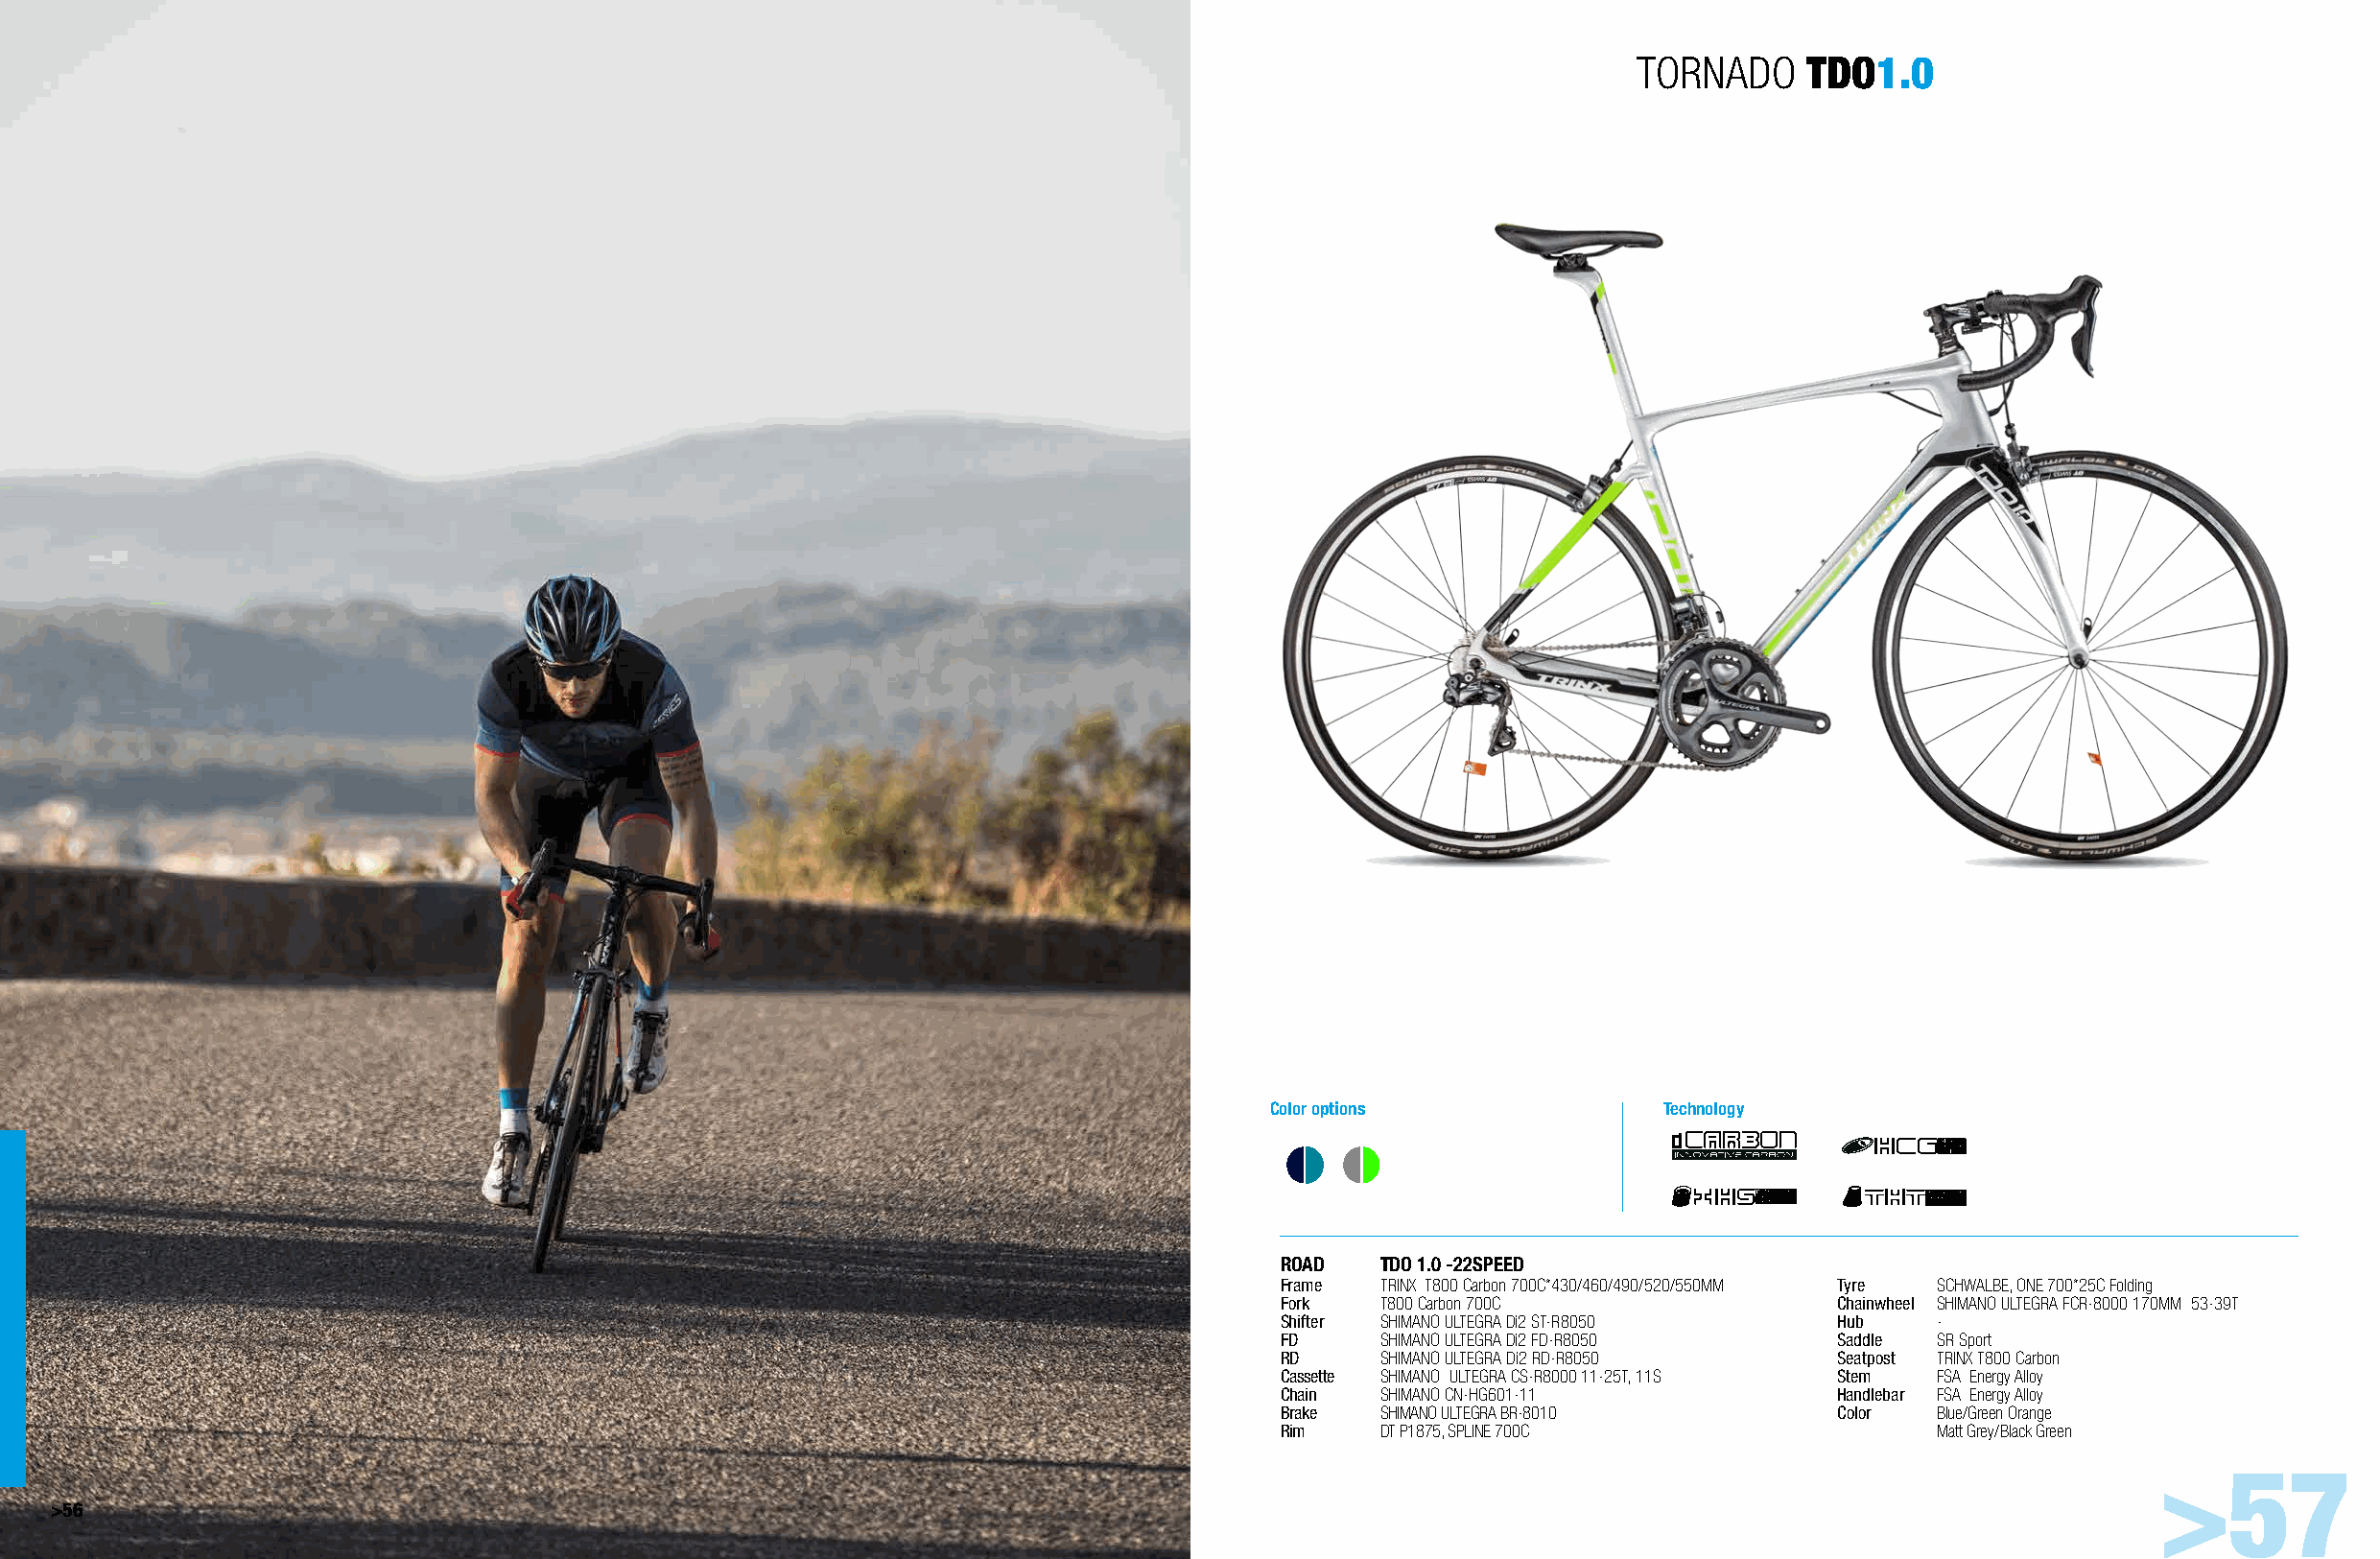
TORNADO     TDO1.0
 Color options              Technology
 ROAD   TDO 1.0 -22SPEED
 Frame  TRINX T800 Carbon 700C*430/460/490/520/550MM Tyre SCHWALBE, ONE 700*25C Folding
 Fork   T800 Carbon 700C                Chainwheel SHIMANO ULTEGRA FCR-8000 170MM 53-39T
 Shifter SHIMANO ULTEGRA Di2 ST-R8050   Hub    -
 FD     SHIMANO ULTEGRA Di2 FD-R8050    Saddle SR Sport
 RD     SHIMANO ULTEGRA Di2 RD-R8050    Seatpost TRINX T800 Carbon
 Cassette SHIMANO ULTEGRA CS-R8000 11-25T, 11S Stem FSA Energy Alloy
 Chain  SHIMANO CN-HG601-11             Handlebar FSA Energy Alloy
 Brake  SHIMANO ULTEGRA BR-8010         Color  Blue/Green Orange
 Rim    DT P1875, SPLINE 700C                  Matt Grey/Black Green
 >57
 >56